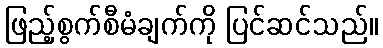
ဖြည့်စွက်စီမံချက်ကို ပြင်ဆင်သည်။